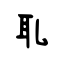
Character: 耴